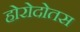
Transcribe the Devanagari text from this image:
होरोदोतस